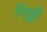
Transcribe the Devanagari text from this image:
निछ्ली